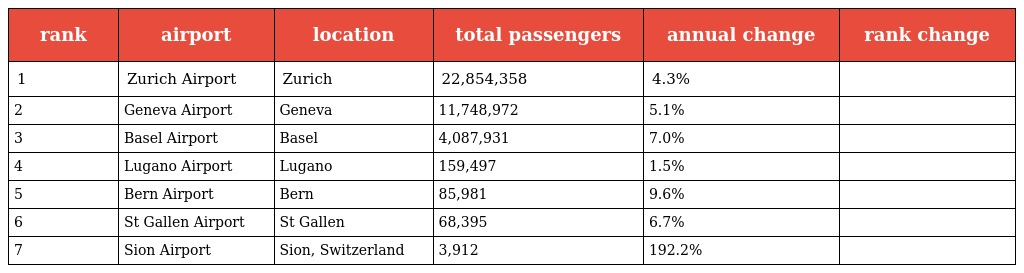
| rank | airport | location | total passengers | annual change | rank change |
 | --- | --- | --- | --- | --- | --- |
 | 1 | Zurich Airport | Zurich | 22,854,358 | 4.3% |  |
 | 2 | Geneva Airport | Geneva | 11,748,972 | 5.1% |  |
 | 3 | Basel Airport | Basel | 4,087,931 | 7.0% |  |
 | 4 | Lugano Airport | Lugano | 159,497 | 1.5% |  |
 | 5 | Bern Airport | Bern | 85,981 | 9.6% |  |
 | 6 | St Gallen Airport | St Gallen | 68,395 | 6.7% |  |
 | 7 | Sion Airport | Sion, Switzerland | 3,912 | 192.2% |  |